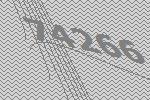
74266